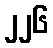
၂၂၆